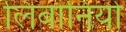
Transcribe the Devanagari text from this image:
लिबानियो